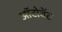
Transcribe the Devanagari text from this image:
ऑटोवेंट